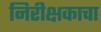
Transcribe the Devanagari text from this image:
निरीक्षकाचा